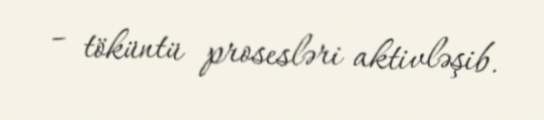
– töküntü prosesləri aktivləşib.